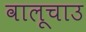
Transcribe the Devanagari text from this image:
वालूचाउ